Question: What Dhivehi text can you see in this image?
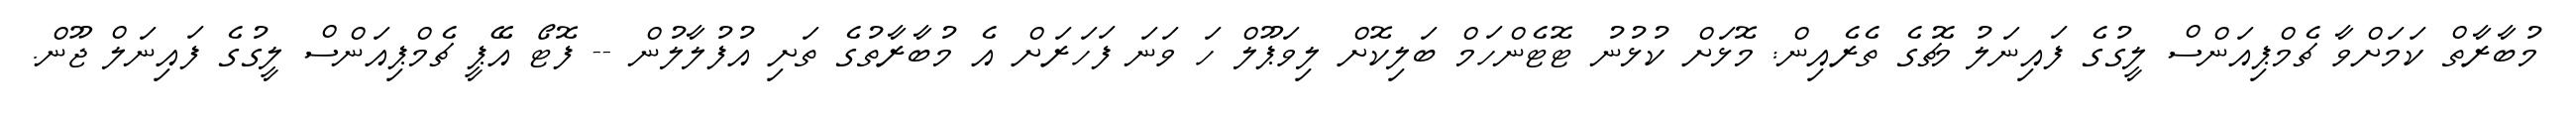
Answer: މުބާރާތް ކަމަށްވާ ޗެމްޕިއަންސް ލީގުގެ ފައިނަލު މެޗުގެ ތެރެއިން: މޮޅަށް ކުޅުނު ޓޮޓެންހަމް ބަލިކޮށް ލިވަޕޫލް ހަ ވަނަ ފަހަރަށް އެ މުބާރާތުގެ ތަށި އުފުލާލުން -- ފޮޓޯ އޭޕީ ޗެމްޕިއަންސް ލީގުގެ ފައިނަލް ޖޫން.